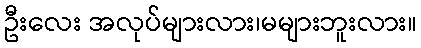
ဦးလေး အလုပ်များလား၊မများဘူးလား။